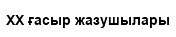
XX ғасыр жазушылары